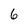
Character: 6